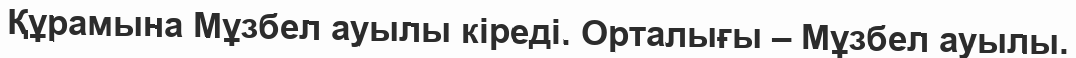
Құрамына Мұзбел ауылы кіреді. Орталығы – Мұзбел ауылы.